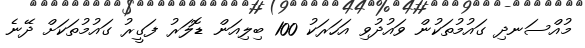
މުއްސަނދި ގައުމުތަކުން ވައުދުވި އަހަރަކު 100 ބިލިއަން ޑޮލަރު ފަގީރު ގައުމުތަކަށް ދޭނެ